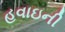
હવાઇની